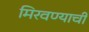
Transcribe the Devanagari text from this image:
मिरवण्याची